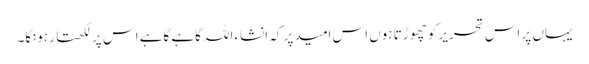
یہاں پر اس تحریر کو چھوڑتا ہوں اس امید پر کہ انشاءاللہ گاہے گاہے اس پر لکھتا رہونگا۔